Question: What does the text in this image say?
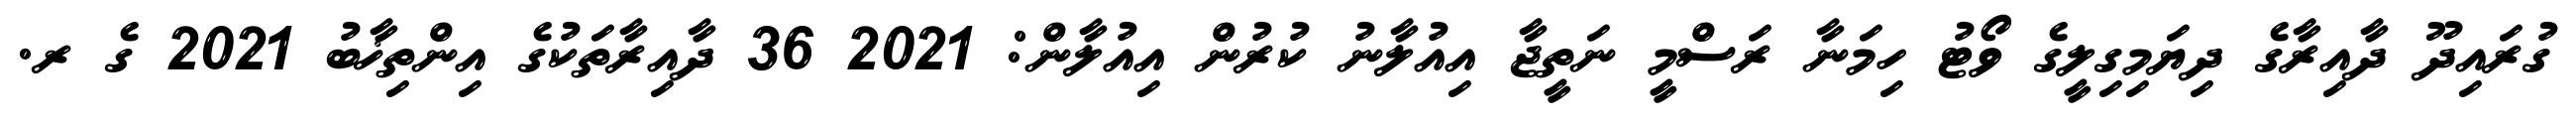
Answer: ގުރައިދޫ ދާއިރާގެ ދިޔަމިގިލީގެ ވޯޓު ހިމަނާ ރަސްމީ ނަތީޖާ އިއުލާނު ކުރުން އިއުލާން: 2021 36 ދާއިރާތަކުގެ އިންތިޚާބު 2021 ގެ ރ.